Lunatic asylums Central Provinces reports 1874-1885 - 1874-1885
Year: 1874
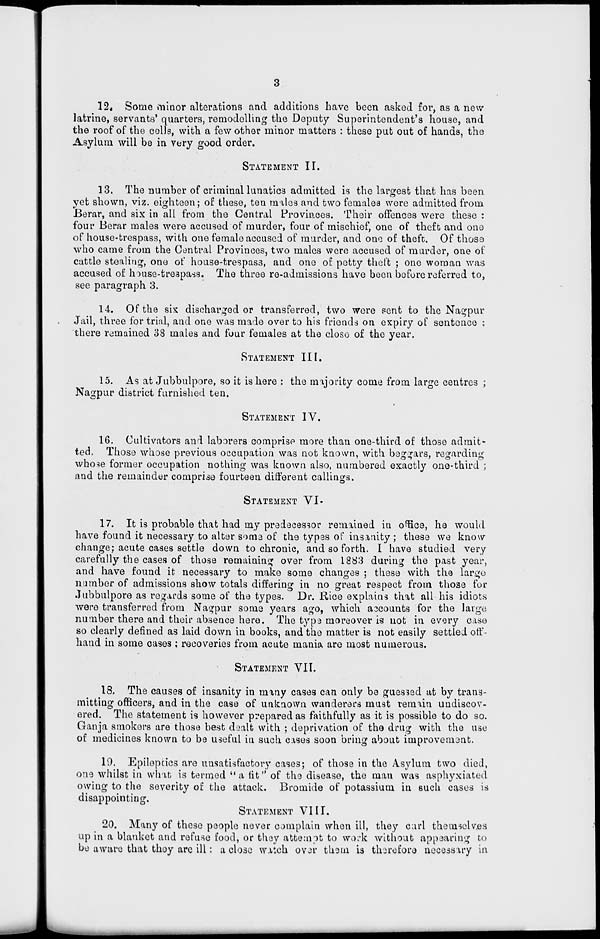
3
12. Some minor alterations and additions have been asked for, as a new
latrine, servants' quarters, remodelling the Deputy Superintendent's house, and
the roof of the cells, with a few other minor matters : these put out of hands, the
Asylum will be in very good order.
STATEMENT II.
13. The number of criminal lunatics admitted is the largest that has been
yet shown, viz. eighteen; of these, ten males and two females were admitted from
Berar, and six in all from the Central Provinces. Their offences were these :
four Berar males were accused of murder, four of mischief, one of theft and one
of house-trespass, with one female accused of murder, and one of theft. Of those
who came from the Central Provinces, two males were accused of murder, one of
cattle stealing, one of house-trespass, and one of petty theft ; one woman was
accused of house-trespass. The three re-admissions have been before referred to,
see paragraph 3.
14. Of the six discharged or transferred, two were sent to the Nagpur
Jail, three for trial, and one was made over to his friends on expiry of sentence ;
there remained 38 males and four females at the close of the year.
STATEMENT III.
15. As at Jubbulpore, so it is here : the majority come from large centres ;
Nagpur district furnished ten.
STATEMENT IV.
16. Cultivators and laborers comprise more than one-third of those admit-
ted. Those whose previous occupation was not known, with beggars, regarding
whose former occupation nothing was known also, numbered exactly one-third ;
and the remainder comprise fourteen different callings.
STATEMENT
VI.
17. It is probable that had my predecessor remained in office, he would
have found it necessary to alter some of the types of insanity ; these we know
change; acute cases settle down to chronic, and so forth. I have studied very
carefully the cases of those remaining over from 1883 during the past year,
and have found it necessary to make some changes ; these with the large
number of admissions show totals differing in no great respect from those for
Jubbulpore as regards some of the types. Dr. Rice explains that all his idiots
were transferred from Nagpur some years ago, which accounts for the large
number there and their absence here. The type moreover is not in every case
so clearly defined as laid down in books, and the matter is not easily settled off-
hand in some cases ; recoveries from acute mania are most numerous.
STATEMENT VII.
18. The causes of insanity in many cases can only be guessed at by trans-
mitting officers, and in the case of unknown wanderers must remain undiscov-
ered. The statement is however prepared as faithfully as it is possible to do so.
Ganja smokers are those best dealt with ; deprivation of the drug with the use
of medicines known to be useful in such cases soon bring about improvement.
19. Epilepcics are unsatisfactory cases; of those in the Asylum two died,
one whilst in what is termed "a fit" of the disease, the man was asphyxiated
owing to the severity of the attack. Bromide of potassium in such cases is
disappointing.
STATEMENT VIII.
20. Many of these people never complain when ill, they carl themselves
up in a blanket and refuse food, or they attempt to work without appearing to
be aware that they are ill: a close watch over them is therefore necessary in